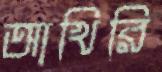
আখিরি